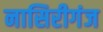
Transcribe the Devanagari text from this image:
नासिरीगंज